Lunatic asylums Madras 1877-1891 - 1877-1891
Year: 1877
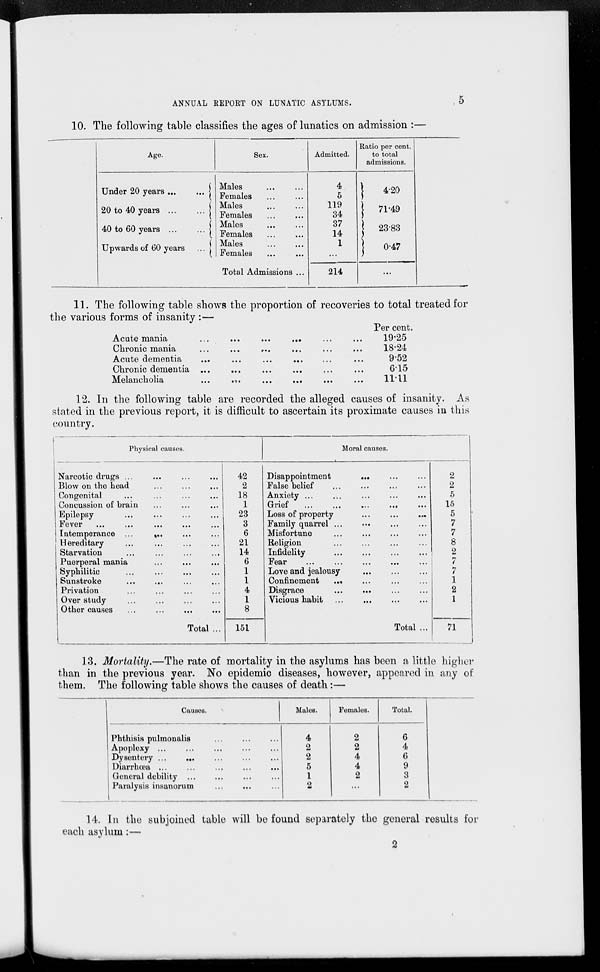
ANNUAL REPORT ON LUNATIC ASYLUMS.
5
10. The following table classifies the ages of lunatics on admission :—
Age.
Under 20 years
...
...
20 to 40 years
...
...
40 to 60 years
...
...
Upwards of 60 years
...
Sex.
Males ... ...
Females ... ...
Males
...
...
Females ... ...
Males ... ...
Females ... ...
Males
...
...
Females ... ...
Total Admissions ...
Admitted.
4
5
119
34
37
14
1
...
214
Ratio per cent.
to total
admissions.
4.20
71.49
23.83
0.47
...
11. The following table shows the proportion of recoveries to total treated for
the various forms of insanity :—
Acute mania
...
...
...
...
...
...
Chronic mania ... ... ... ... ... ...
Acute dementia
...
...
...
...
...
...
Chronic dementia ... ... ... ... ... ...
Melancnolia
...
...
...
...
...
...
Per cent.
19.25
18.24
9.52
6.15
11.11
12. In the following table are recorded the alleged causes of insanity. As
stated in the previous report, it is difficult to ascertain its proximate causes in this
country.
Physical causes.
Narcotic drugs ... ... ... ...
Blow on the head ... ... ...
Congenital ... ... ... ...
Concussion of brain ... ... ...
Epilepsy ... ... ... ...
Fever
...
...
...
...
...
Intemperance ... ... ... ...
Hereditary ... ... ... ...
Starvation ... ... ... ...
Puerperal mania ... ... ...
Syphilitic ... ... ... ...
Sunstroke ... ... ... ...
Privation ... ... ... ...
Over study ... ... ... ...
Other causes ... ... ... ...
Total ...
42
2
18
1
23
3
6
21
14
6
1
1
4
1
8
151
Moral causes.
Disappointment
...
...
...
False belief ... ... ... ...
Anxiety ... ... ... ... ...
Grief
...
...
...
...
...
Loss of property ... ... ...
Family quarrel ... ... ... ...
Misfortune ... ... ... ...
Religion ... ... ... ...
Infidelity ... ... ... ...
Fear
...
...
...
...
...
Love and jealousy ... ... ...
Confinement ... ... ... ...
Disgrace ... ... ... ...
Vicious habit
...
...
...
...
Total ...
2
2
5
15
5
7
7
8
2
4
7
1
2
1
71
13. Mortality.—The rate of mortality in the asylums has been a little higher
than in the previous year. No epidemic diseases, however, appeared in any of
them. The following table shows the causes of death:—
Causes.
Phthisis pulmonalis ... ... ...
Apoplexy ... ... ... ... ...
Dysentery ... ... ... ... ...
Diarrhœa ... ... ... ... ...
General debility ... ... ... ...
Paralysis insanorum ... ... ...
Males.
4
2
2
5
1
2
Females.
2
2
4
4
2
...
Total.
6
4
6
9
3
2
14. In the subjoined table will be found separately the general results for
each asylum:—
2